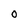
Character: O